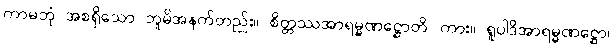
ကာမဘုံ အစရှိသော ဘူမိအနက်တည်း။ စိတ္တဿအာရမ္မဏဋ္ဌောတိ၊ ကား။ ရူပါဒိအာရမ္မဏဋ္ဌော၊